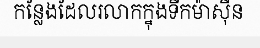
កន្លែងដែលរលាកក្នុងទឹកម៉ាស៊ីន